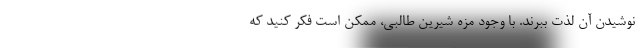
نوشیدن آن لذت ببرند. با وجود مزه شیرین طالبی، ممکن است فکر کنید که